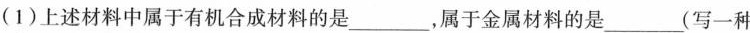
(1)上述材料中属于有机合成材料的是___，属于金属材料的是___(写一种